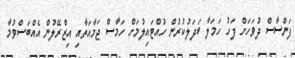
ފަންސާސް ދުވަހަށް ފަހު ހަމަލާ ބަދަލުކުރުން ހުއްޓައިލުމަށް ހަމާސް ޖަމާއަތާއި އިޒްރޭލުން އެއްބަސްވުމާ